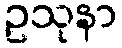
ဥသုနာ